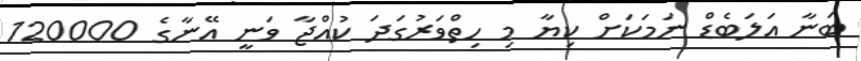
ބަނާ އަލަބެޑް ނަމަކަށް ކިޔާ މި ހިތްވަރުގަދަ ކުއްޖާ ވަނީ އޭނާގެ 120000